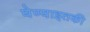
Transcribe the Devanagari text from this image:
घेण्याइतकी